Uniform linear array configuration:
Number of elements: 64
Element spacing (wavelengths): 0.75
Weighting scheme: kaiser
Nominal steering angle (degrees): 45
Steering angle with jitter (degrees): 46.12
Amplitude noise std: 0.05
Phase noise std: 0.05

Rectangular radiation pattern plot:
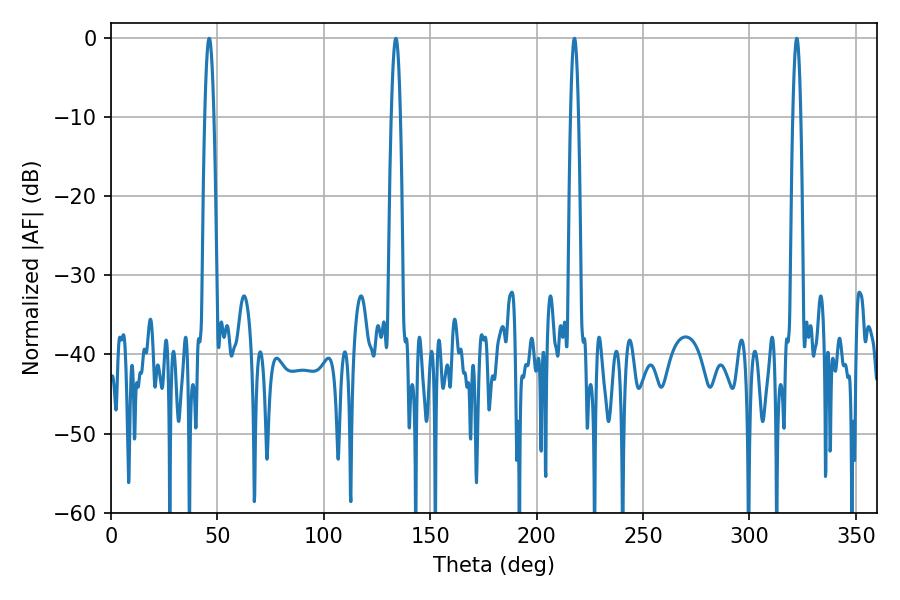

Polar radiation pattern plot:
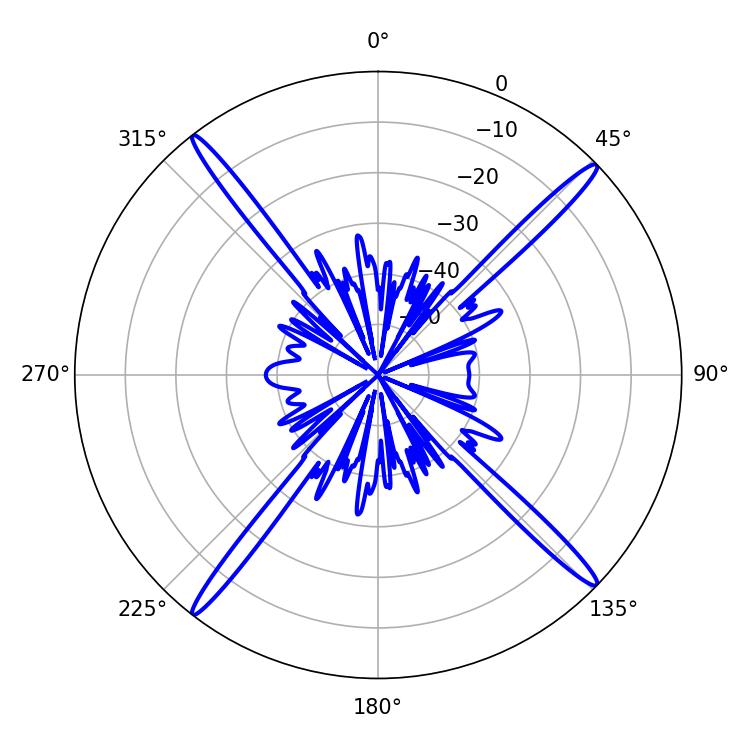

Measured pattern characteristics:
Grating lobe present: TRUE
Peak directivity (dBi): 20.777
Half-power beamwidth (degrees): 1.98
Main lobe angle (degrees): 322.2